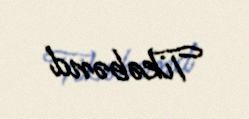
Tikəbənd